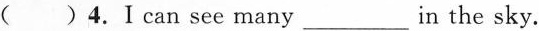
( ) 4. I can see many ___ in the sky.